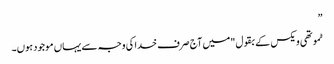
”
ٹموتھی ویکس کے بقول "میں آج صرف خدا کی وجہ سے یہاں موجود ہوں۔